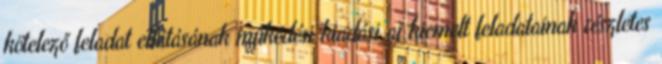
kötelező feladat ellátásának működési kiadási ai kiemelt feladatainak részletes